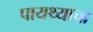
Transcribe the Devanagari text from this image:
पायथ्याचा